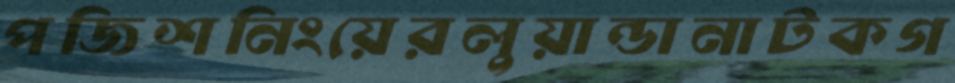
পজিশনিংয়েরলুয়ান্ডানাটকগ